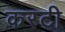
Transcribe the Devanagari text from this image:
करटी